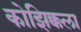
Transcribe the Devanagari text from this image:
कोझिक्कला